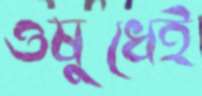
ওষুধেই